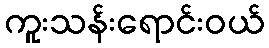
ကူးသန်းရောင်းဝယ်